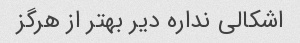
اشکالی نداره دیر بهتر از هرگز